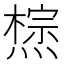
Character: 𤏇